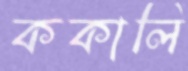
ককালি